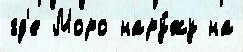
гд'е Моро нару́жу на